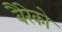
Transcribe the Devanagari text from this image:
बैरेको